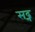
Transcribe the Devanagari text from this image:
सद्न